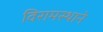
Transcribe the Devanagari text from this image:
विरामस्थाने